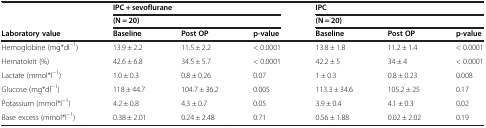
<table><thead><tr><td rowspan="2"><b> </b></td><td colspan="3"><b>IPC + sevoflurane</b></td><td colspan="3"><b>IPC</b></td></tr><tr><td colspan="3"><b>(N = 20)</b></td><td colspan="3"><b>(N = 20)</b></td></tr><tr><td><b>Laboratory value</b></td><td><b>Baseline</b></td><td><b>Post OP</b></td><td><b>p-value</b></td><td><b>Baseline</b></td><td><b>Post OP</b></td><td><b>p-value</b></td></tr></thead><tbody><tr><td>Hemoglobine (mg*dl<sup>-1</sup>)</td><td>13.9 ± 2.2</td><td>11.5 ± 2.2</td><td>&lt; 0.0001</td><td>13.8 ± 1.8</td><td>11.2 ± 1.4</td><td>&lt; 0.0001</td></tr><tr><td>Hematokrit (%)</td><td>42.6 ± 6.8</td><td>34.5 ± 5.7</td><td>&lt; 0.0001</td><td>42.2 ± 5</td><td>34 ± 4</td><td>&lt; 0.0001</td></tr><tr><td>Lactate (mmol*l<sup>-1</sup>)</td><td>1.0 ± 0.3</td><td>0.8 ± 0.26</td><td>0.07</td><td>1 ± 0.3</td><td>0.8 ± 0.23</td><td>0.008</td></tr><tr><td>Glucose (mg*dl<sup>-1</sup>)</td><td>118 ± 44.7</td><td>104.7 ± 36.2</td><td>0.005</td><td>113.3 ± 34.6</td><td>105.2 ± 25</td><td>0.17</td></tr><tr><td>Potassium (mmol*l<sup>-1</sup>)</td><td>4.2 ± 0.8</td><td>4.3 ± 0.7</td><td>0.05</td><td>3.9 ± 0.4</td><td>4.1 ± 0.3</td><td>0.02</td></tr><tr><td>Base excess (mmol*l<sup>-1</sup>)</td><td>0.38 ± 2.01</td><td>0.24 ± 2.48</td><td>0.71</td><td>0.56 ± 1.88</td><td>0.02 ± 2.02</td><td>0.19</td></tr></tbody></table>